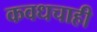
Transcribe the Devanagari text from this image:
कवधचाही